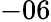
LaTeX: -06